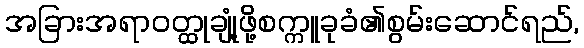
အခြားအရာဝတ္ထုချုံ့ဖို့စက္ကူခုခံ၏စွမ်းဆောင်ရည်,